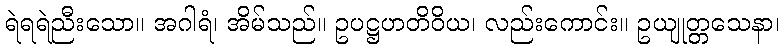
ရဲရရဲညီးသော။ အဂါရံ၊ အိမ်သည်။ ဥပဋ္ဌဟတိဝိယ၊ လည်းကောင်း။ ဥယျုတ္တသေနာ၊